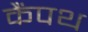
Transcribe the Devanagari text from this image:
कैंपथ